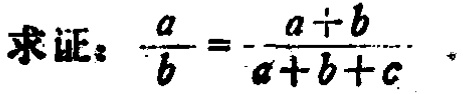
求证：$\frac{a}{b}=-\frac{a + b}{a + b + c}$